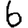
Digit: 6